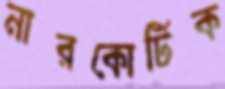
নারকোটিক